Punjab Mental Hospital Lahore 1922-31 - 1922-1931
Year: 1922
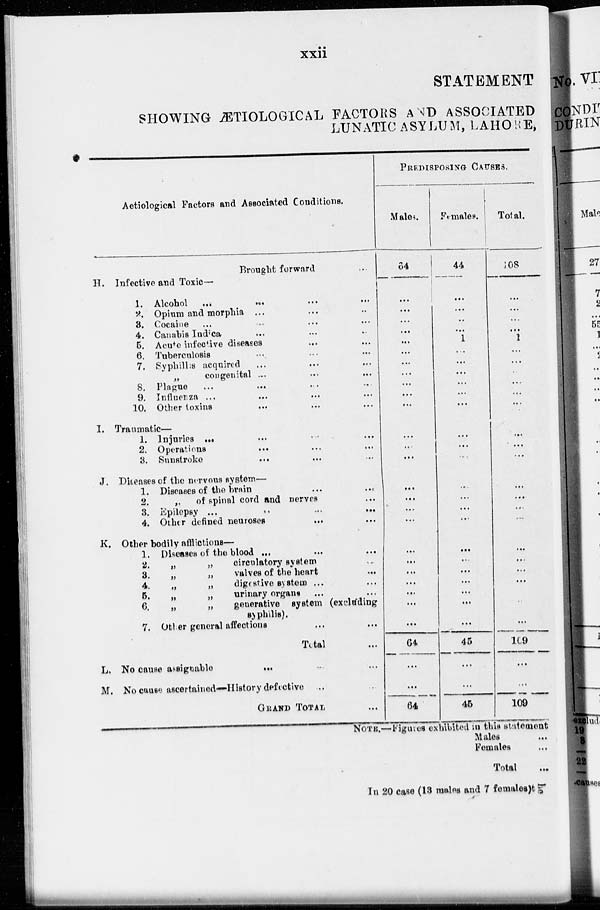
xxii
STATEMENT
SHOWING ÆTIOLOGICAL FACTORS AND ASSOCIATED
LUNATIC ASYLUM, LAHORE,
Aetiological Factors and Associated Conditions.
Brought forward
...
H. Infective and Toxic—
1. Alcohol
... ... ... ...
2. Opium and morphia ... ... ...
3. Cocaine ... ... ... ...
4. Canabis Indica ... ... ...
5. Acute infective diseases ... ...
6. Tuberculosis ... ... ...
7. Syphillis acquired ... ... ...
„ congenital ... ... ...
8. Plague ... ... ... ...
9. Influenza ... ... ... ...
10. Other toxins ... ... ...
I. Traumatic —
1. Injuries ... ... ... ...
2. Operations ... ... ...
3. Sunstroke ... ... ...
J. Diseases of the nervous system—
1. Diseases of the brain ... ...
2.
„
of spinal cord and nerves ...
3. Epilepsy ... ... ... ...
4. Other defined neuroses ... ...
K . Other bodily afflictions—
1. Diseases of the blood ... ... ...
2.
„
„
circulatory system ...
3.
„
„
valves of the heart ...
4.
„
„
digestive system ... ...
5.
„
„
urinary organs ... ...
6.
„
„
generative system (excluding
syphilis).
7. Other general affections ... ...
Total ...
L. No cause assignable
...
... ...
M. No cause ascertained—History defective ... ...
GRAND TOTAL ...
PREDISPOSING
CAUSES.
Males.
64
...
...
...
...
...
...
...
...
...
...
...
...
...
...
...
...
...
...
...
...
...
...
...
...
...
64
...
...
64
Females.
44
...
...
...
...
1
...
...
...
...
...
...
...
...
...
...
...
...
...
...
...
...
...
...
...
...
45
...
...
45
Total.
108
...
...
...
...
1
...
...
...
...
...
...
...
...
...
...
...
...
...
...
...
...
...
...
...
...
109
...
...
109
NOTE.—Figures exhibited in this statement
Males ...
Females ...
Total ...
In 20 case (13 males and 7 females) the